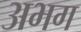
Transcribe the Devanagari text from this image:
अभग